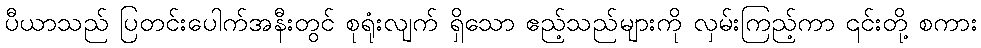
ပီယာသည် ပြတင်းပေါက်အနီးတွင် စုရုံးလျက် ရှိသော ဧည့်သည်များကို လှမ်းကြည့်ကာ ၎င်းတို့ စကား